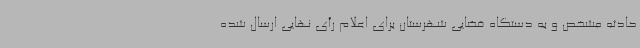
حادثه مشخص و به دستگاه قضایی شهرستان برای اعلام رأی نهایی ارسال شده